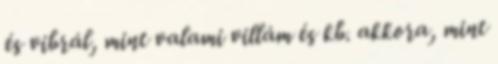
és vibrál, mint valami villám és kb. akkora, mint